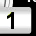
Digit: 1